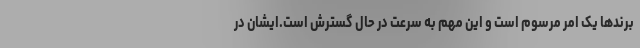
برندها یک امر مرسوم است و این مهم به سرعت در حال گسترش است.ایشان در